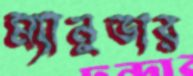
ম্যানুভার